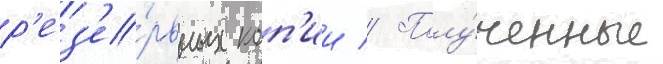
р'ез'е́рвных коп'ии // Полу́ченные